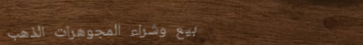
بيع وشراء المجوهرات الذهب